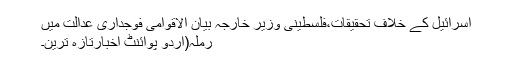
اسرائیل کے خلاف تحقیقات،فلسطینی وزیر خارجہ بیان الاقوامی فوجداری عدالت میں
رملہ(اُردو پوائنٹ اخبارتازہ ترین۔